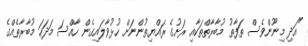
"އަދި މިނޫންވެސް ތަފާތު މުބާރާތްތަކާއި ރަށުގެ ރައްޔިތުންނަށް ހުޅުވާލައިގެން ހާއްސަ މަދަހަ މުބާރާތެއްގެ